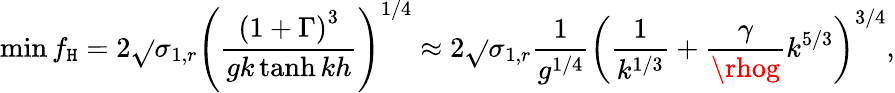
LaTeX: \operatorname*{min}{f_{\mathtt{H}}}=2\sqrt{}{{\sigma_{1,r}}}\left(\frac{{\left(1+\Gamma\right)^{3}}}{{gk\operatorname{tanh}{kh}}}\right)^{1/4}\approx2\sqrt{}{{\sigma_{1,r}}}\frac{{1}}{{g^{1/4}}}\left(\frac{{1}}{{k^{1/3}}}+\frac{{\gamma}}{{\rhog}}k^{5/3}\right)^{3/4},